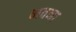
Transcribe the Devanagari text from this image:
भवना